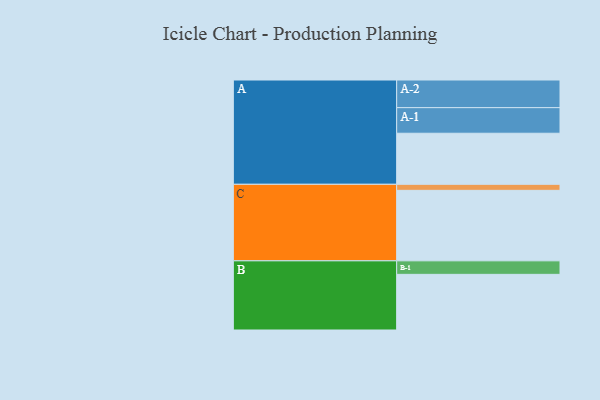
{"axis": {"x": "Segment", "y": "Value"}, "legend": ["", "A", "B", "C"], "data": [{"x": "A", "y": 423, "type": ""}, {"x": "B", "y": 461, "type": ""}, {"x": "C", "y": 584, "type": ""}, {"x": "A-1", "y": 212, "type": "A"}, {"x": "A-2", "y": 229, "type": "A"}, {"x": "B-1", "y": 112, "type": "B"}, {"x": "C-1", "y": 50, "type": "C"}]}